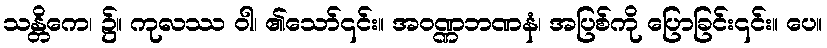
သန္တိကေ၊ ၌။ ကုလဿ ဝါ၊ ၏သော်၎င်း။ အဝဏ္ဏဘဏနံ၊ အပြစ်ကို ပြောခြင်း၎င်း။ ပေ။